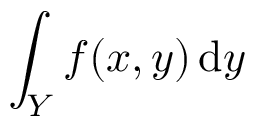
\int _ { Y } f ( x , y ) \, { \mathrm { d } } y